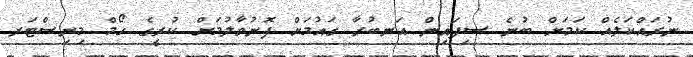
ނުރައްކަލެއް ކަމަށް ބުނެ ސިފައިން އަނބުރާ ގައުމަށް ފޮނުވާލުމަށް ކުރީގެ ހޯމް މިނިސްޓަރ